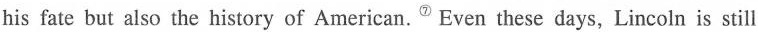
his fate but also the history of American." Even these days, Lincoln is still